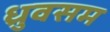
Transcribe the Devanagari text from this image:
ध्रुवसम